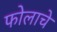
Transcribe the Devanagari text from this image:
फोलाचे